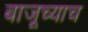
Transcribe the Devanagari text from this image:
बाजूच्याच